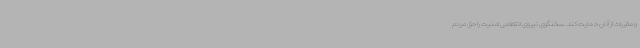
و مقررات از آنان حمایت کند. سخنگوی نیروی انتظامی امنیت را حق مردم